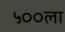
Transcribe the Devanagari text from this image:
५००ला